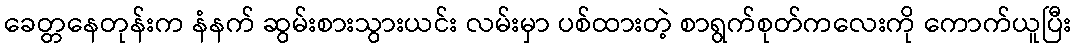
ခေတ္တနေတုန်းက နံနက် ဆွမ်းစားသွားယင်း လမ်းမှာ ပစ်ထားတဲ့ စာရွက်စုတ်ကလေးကို ကောက်ယူပြီး